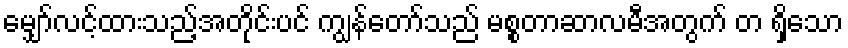
မျှော်လင့်ထားသည့်အတိုင်းပင် ကျွန်တော်သည် မစ္စတာဆာလမီအတွက် တ ရှိသော